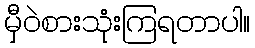
မှီဝဲစားသုံးကြရတာပါ။